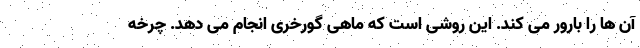
آن ها را بارور می کند. این روشی است که ماهی گورخری انجام می دهد. چرخه